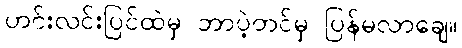
ဟင်းလင်းပြင်ထဲမှ ဘာပဲ့တင်မှ ပြန်မလာချေ။